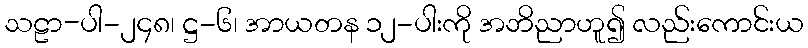
သဠာ-ပါ-၂၄၈၊ ဋ္ဌ-၆၊ အာယတန ၁၂-ပါးကို အဘိညာဟူ၍ လည်းကောင်းယ